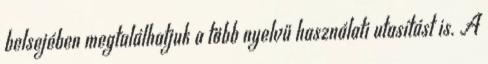
belsejében megtalálhatjuk a több nyelvű használati utasítást is. A